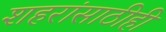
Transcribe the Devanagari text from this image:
शहरांसाठीही